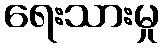
ရေးသားမှု